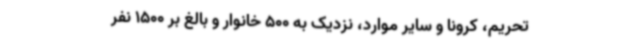
تحریم، کرونا و سایر موارد، نزدیک به 500 خانوار و بالغ بر 1500 نفر